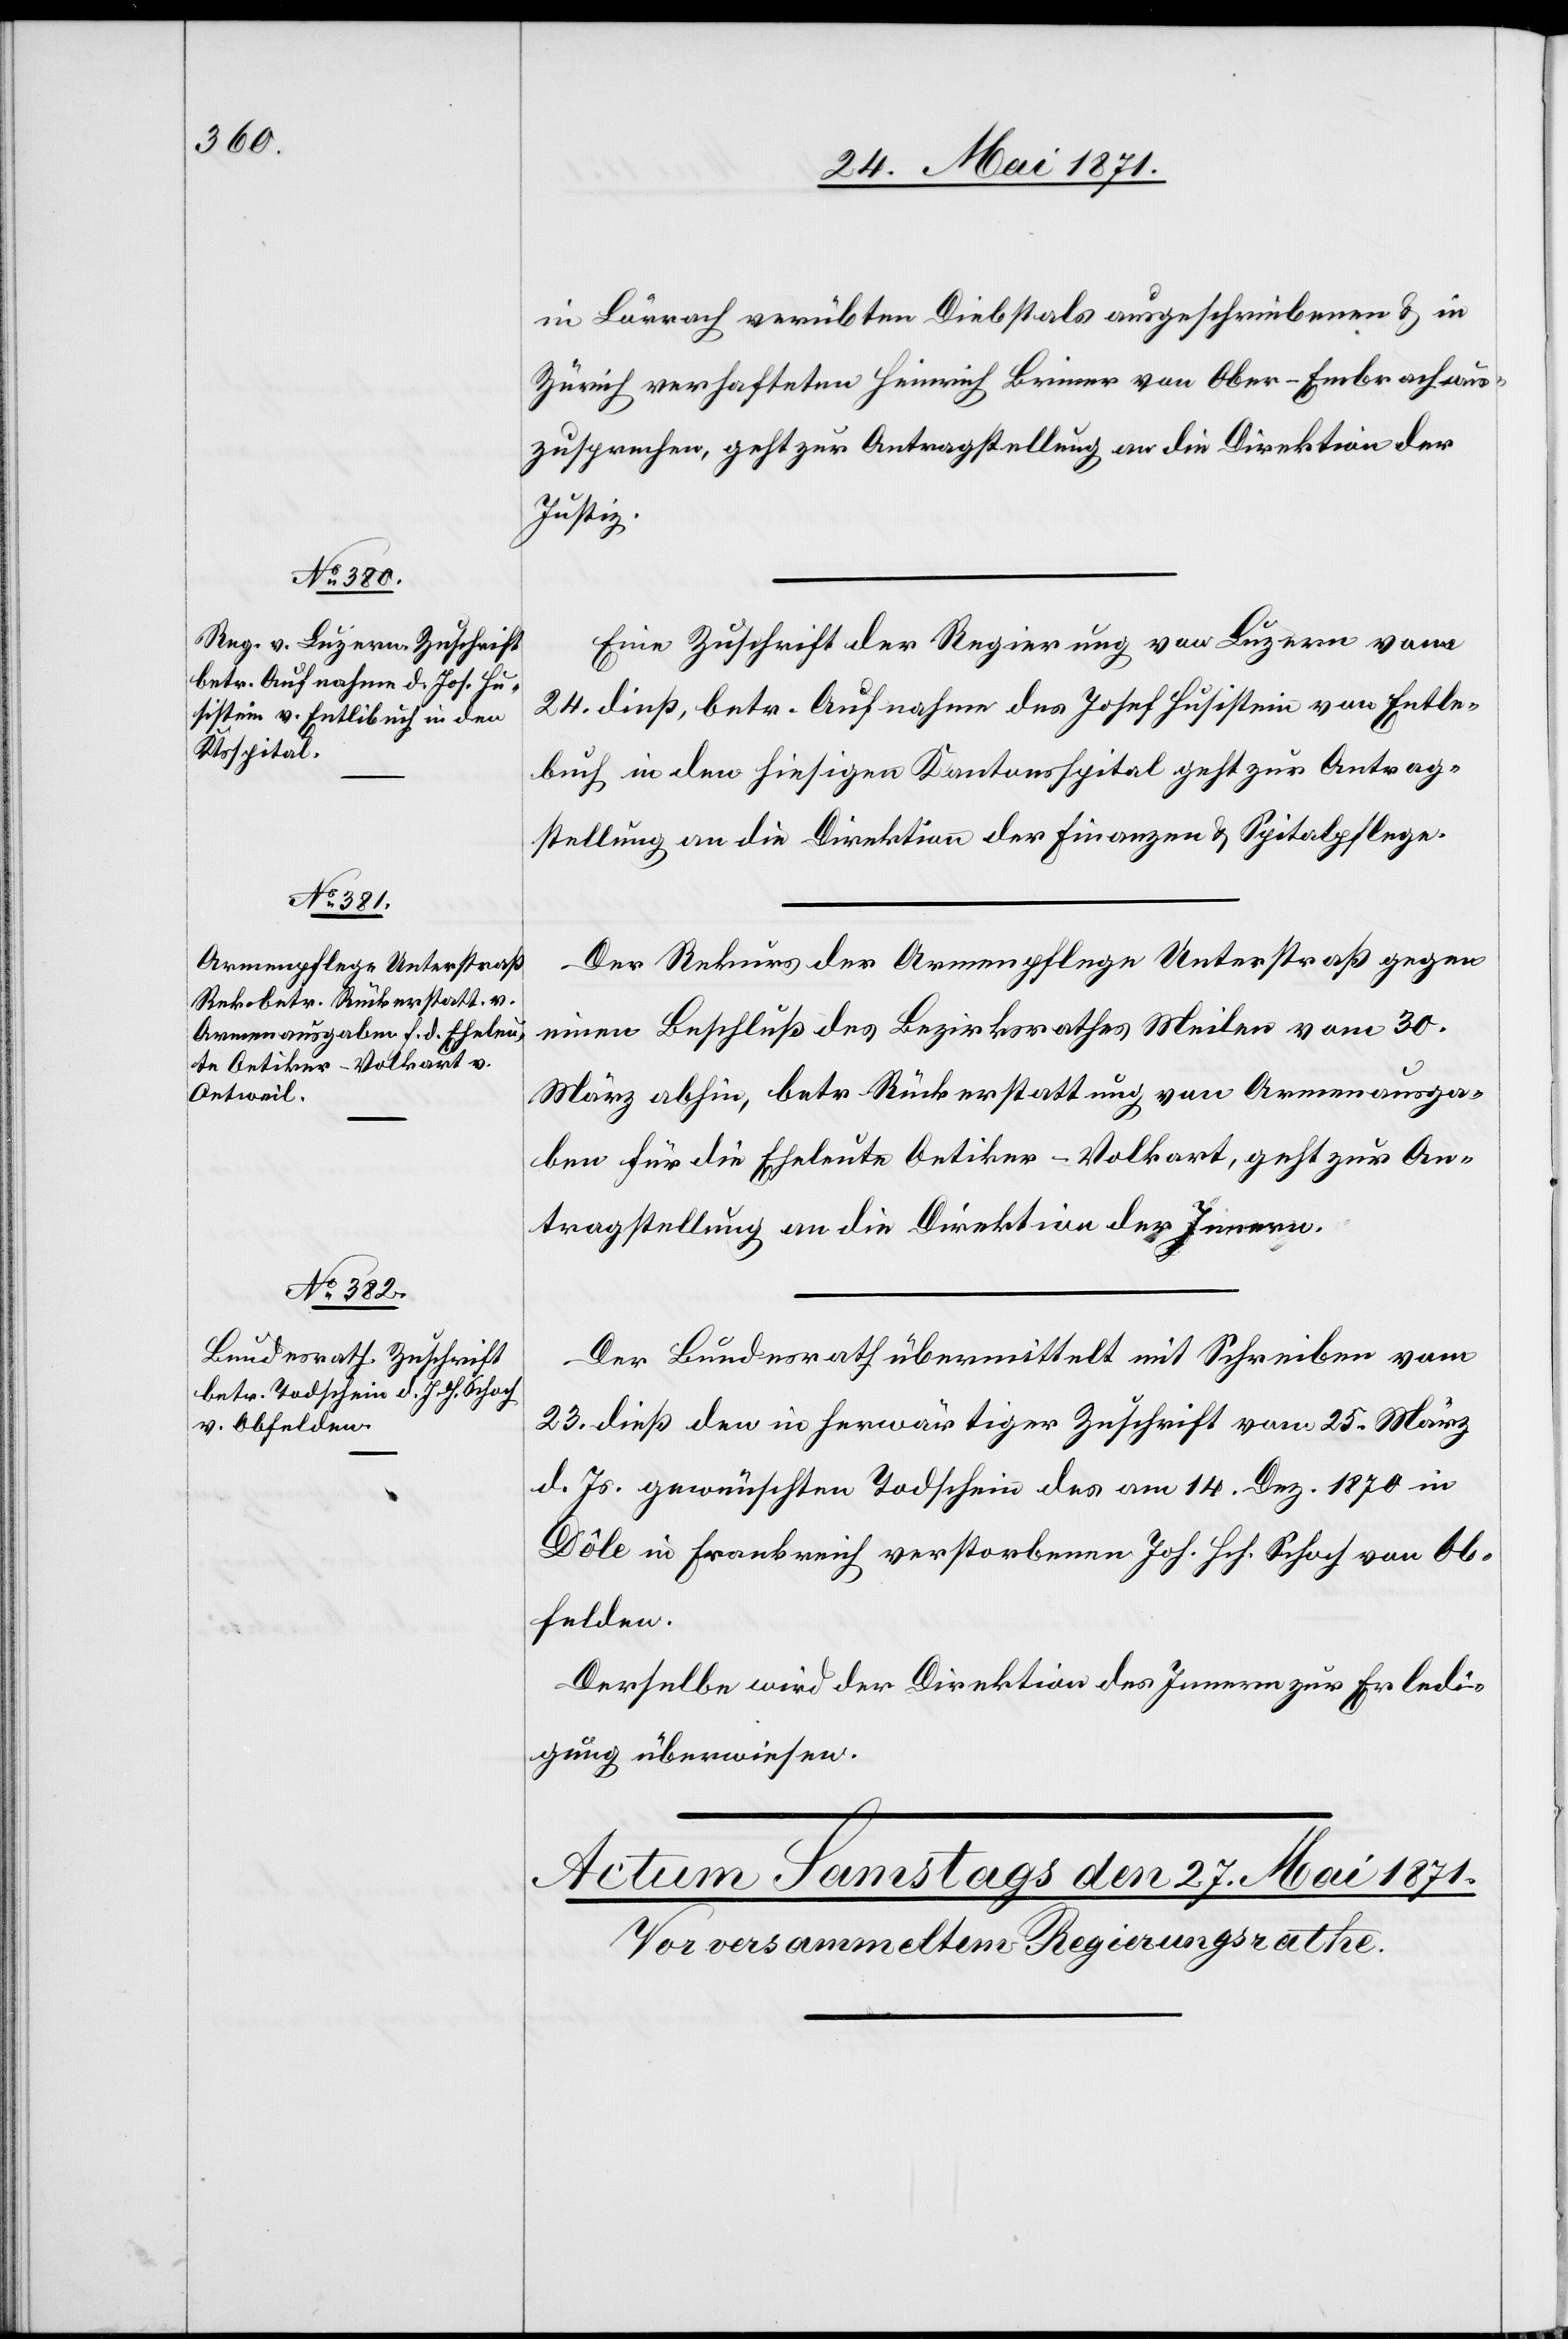
26. Mai 1871.]
in Lörrach verübten Diebstals ausgeschriebenen u. in
Zürich verhafteten Heinrich Briner von Ober-Embrach aus¬
zusprechen, geht zur Antragstellung an die Direktion der
Justiz.
Eine Zuschrift der Regierung von Luzern vom
24. dieß, betr. Aufnahme des Josef Husistein von Entle¬
buch [sic!] in den hiesigen Kantonsspital geht zur Antrag¬
stellung an die Direktion der Finanzen u. Spitalpflege.
Der Rekurs der Armenpflege Unterstraß gegen
einen Beschluß des Bezirksrathes Meilen vom 30.
März abhin, betr[.] Rückerstattung von Armenausga¬
ben für die Eheleute Oetiker-Volkart, geht zur An¬
tragstellung an die Direktion des Innern.
Der Bundesrath übermittelt mit Schreiben vom
23. dieß den in herwärtiger Zuschrift vom 25. März
d. Js. gewünschten Todschein des am 14. Dez. 1870 in
Dôle in Frankreich verstorbenen Joh. Hch. Schoch von Ob¬
felden.
Derselbe wird der Direktion des Innern zur Erledi¬
gung überwiesen.